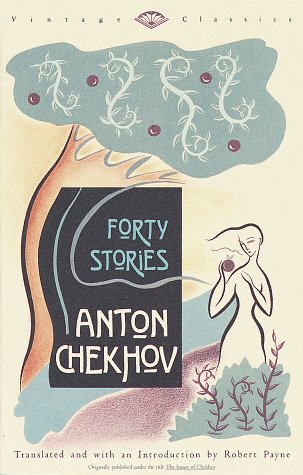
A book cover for Forty Stories (Vintage Classics); Anton Chekhov; Literature & Fiction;